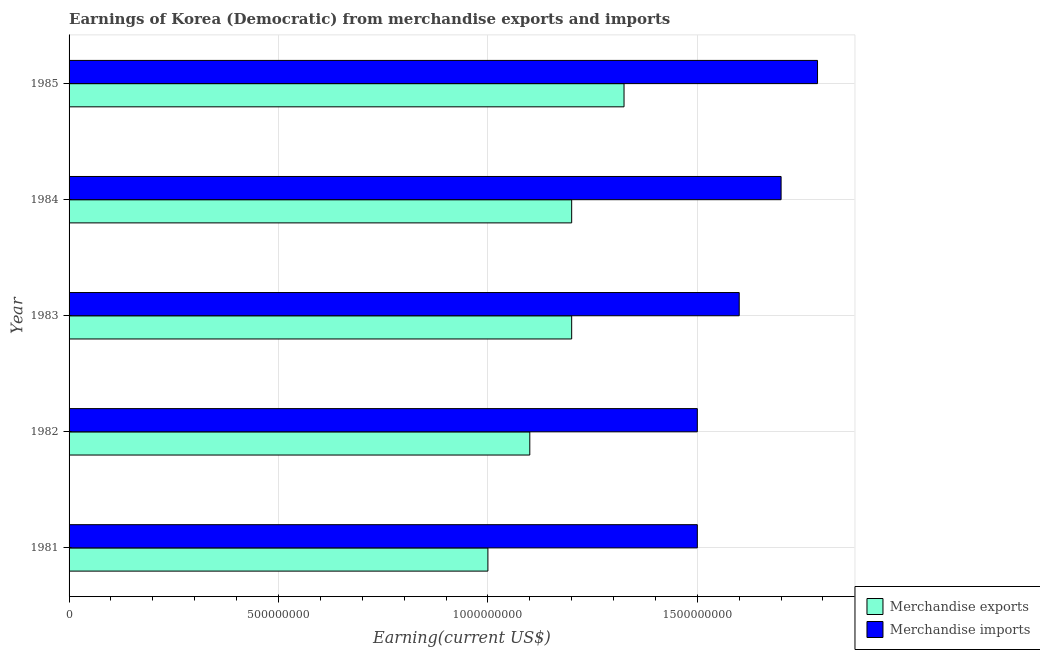
| Year | Merchandise exports | Merchandise imports |
 | --- | --- | --- |
 | 1981 | 1e+09 | 1.5e+09 |
 | 1982 | 1.1e+09 | 1.5e+09 |
 | 1983 | 1.2e+09 | 1.6e+09 |
 | 1984 | 1.2e+09 | 1.7e+09 |
 | 1985 | 1.32e+09 | 1.79e+09 |